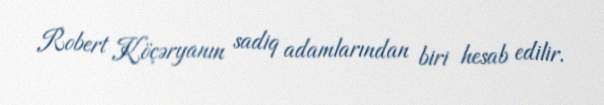
Robert Köçəryanın sadiq adamlarından biri hesab edilir.